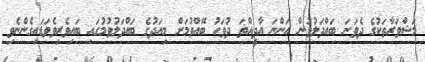
މަޝްވަރާތަކުގެ ދެވަނަ ބައްދަލުވުން އަންނަ އާދީއްތަ ދުވަހު ބޭއްވުމަށް މިއަދުގެ ބައްދަލުވުމުގައި ބައިވެރިވެވަޑައިގެންނެވި